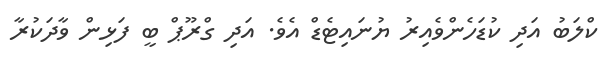
ކްލަބު އަދި ކުޑަހެންވެއިރު ޔުނައިޓެޑް އެވެ. އަދި ގްރޫޕް ބީ ފަޅިން ވާދަކުރާ